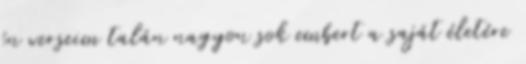
én verseim talán nagyon sok embert a saját életére